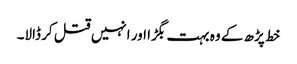
خط پڑھ کے وہ بہت بگڑا اور انہیں قتل کر ڈالا۔